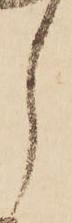
し